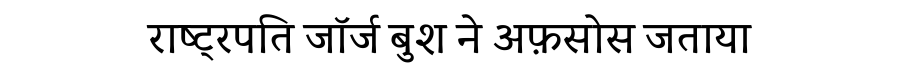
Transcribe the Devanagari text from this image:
राष्ट्रपति जॉर्ज बुश ने अफ़सोस जताया